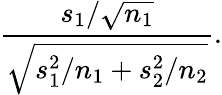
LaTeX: {\frac{s_{1}/{\sqrt{n_{1}}}}{\sqrt{s_{1}^{2}/n_{1}+s_{2}^{2}/n_{2}}}}.